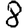
Digit: 8